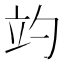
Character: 𥩘